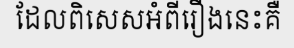
ដែលពិសេសអំពីរឿងនេះគឺ